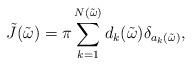
LaTeX: \begin{align*}\tilde J(\tilde \omega)=\pi\sum\limits_{k=1}^{N(\tilde \omega)}d_{k}(\tilde \omega)\delta_{a_{k}(\tilde \omega)},\end{align*}